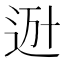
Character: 𨒒